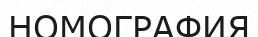
НОМОГРАФИЯ